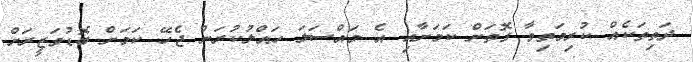
ދަތިތަކެއް ކުރިމަތިވާ ގޮތަށް ކަމަށާއި އެ މައްސަލަ ހައްލުކުރަން ޖެހޭ ކަމަށް ބޮޑުވަޒީރަށް